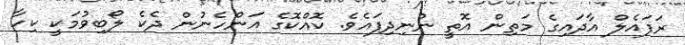
ރަފައެލް އާދައިގެ މަތިން އޮތީ ނުނިދިފައެވެ. ކޮއްކޮގެ އަންހެނުން ދެކެ ލޯބިވުމަކީ ކިހާ